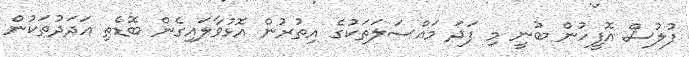
ފުލުސް އޮފީހުން ބުނީ މި ފަދަ މައްސަލަތަކުގެ އިތުރުން އޮޅުވާލައިގެން ބޮޑެތި އަދަދުތަކުން